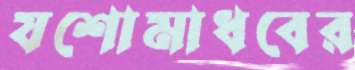
যশোমাধবের